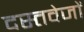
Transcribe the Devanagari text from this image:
दस्तवेजों